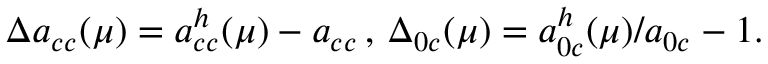
\Delta a _ { c c } ( \mu ) = a _ { c c } ^ { h } ( \mu ) - a _ { c c } \, , \, \Delta _ { 0 c } ( \mu ) = a _ { 0 c } ^ { h } ( \mu ) / a _ { 0 c } - 1 .